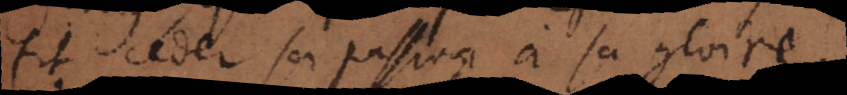
fit ceder sa passion à sa gloire.